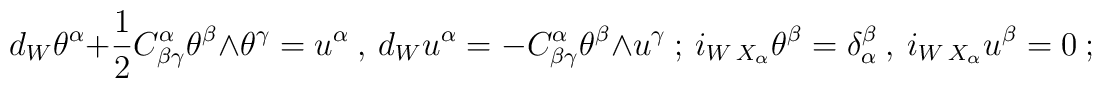
d_W\theta^\alpha +{1\over 2} C^{\alpha}_{\beta\gamma}\theta^\beta\wedge \theta^\gamma = u^\alpha\ ,\ {}d_W u^\alpha = - C^{\alpha}_{\beta\gamma} \theta^\beta \wedge u^\gamma\ ;\ {}i_{W\,X_\alpha}\theta^\beta=\delta_\alpha^\beta\ ,\ {}i_{W\,X_\alpha} u^\beta=0\ ;